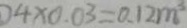
4 \times 0 . 0 3 = 0 . 1 2 m ^ { 3 }